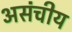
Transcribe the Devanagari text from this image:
असंचीय